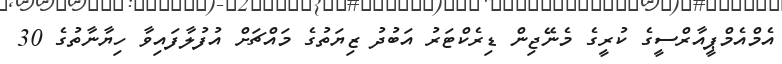
އެމްއެމްޕީއާރްސީގެ ކުރީގެ މެނޭޖިން ޑިރެކްޓަރު އަބުދު ޒިޔަތުގެ މައްޗަށް އުފުލާފައިވާ ހިޔާނާތުގެ 30